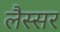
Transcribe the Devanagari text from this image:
लैस्सर